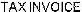
TAX INVOICE